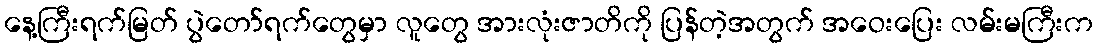
နေ့ကြီးရက်မြတ် ပွဲတော်ရက်တွေမှာ လူတွေ အားလုံးဇာတိကို ပြန်တဲ့အတွက် အဝေးပြေး လမ်းမကြီးက